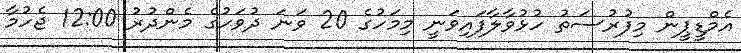
އެމްޑީޕީން މިފުރުސަތު ހުޅުވާލާފައިވަނީ މިމަހުގެ 20 ވަނަ ދުވަހުގެ މެންދުރު 12:00 ޖެހުމާ